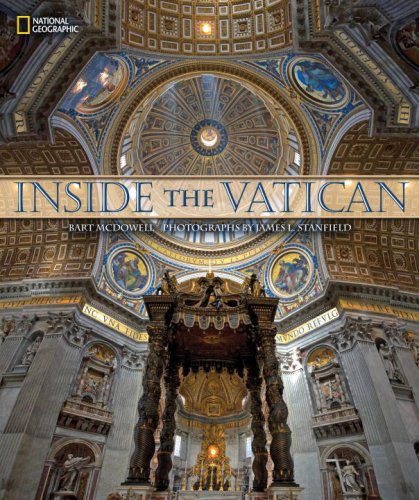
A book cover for Inside the Vatican; Bart McDowell; Travel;